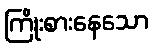
ကြိုးစားနေသော